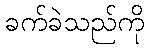
ခက်ခဲသည်ကို